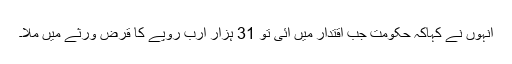
انہوں نے کہاکہ حکومت جب اقتدار میں آئی تو 31 ہزار ارب روپے کا قرض ورثے میں ملا۔